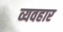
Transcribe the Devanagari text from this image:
व्यवहार